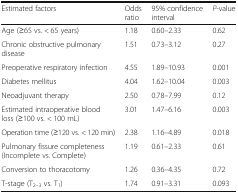
<table><thead><tr><td><b>Estimated factors</b></td><td><b>Odds ratio</b></td><td><b>95% confidence interval</b></td><td><b><i>P</i>-value</b></td></tr></thead><tbody><tr><td>Age (≥65 vs. &lt; 65 years)</td><td>1.18</td><td>0.60–2.33</td><td>0.62</td></tr><tr><td>Chronic obstructive pulmonary disease</td><td>1.51</td><td>0.73–3.12</td><td>0.27</td></tr><tr><td>Preoperative respiratory infection</td><td>4.55</td><td>1.89–10.93</td><td>0.001</td></tr><tr><td>Diabetes mellitus</td><td>4.04</td><td>1.62–10.04</td><td>0.003</td></tr><tr><td>Neoadjuvant therapy</td><td>2.50</td><td>0.78–7.99</td><td>0.12</td></tr><tr><td>Estimated intraoperative blood loss (≥100 vs. &lt; 100 mL)</td><td>3.01</td><td>1.47–6.16</td><td>0.003</td></tr><tr><td>Operation time (≥120 vs. &lt; 120 min)</td><td>2.38</td><td>1.16–4.89</td><td>0.018</td></tr><tr><td>Pulmonary fissure completeness (Incomplete vs. Complete)</td><td>1.19</td><td>0.61–2.33</td><td>0.61</td></tr><tr><td>Conversion to thoracotomy</td><td>1.26</td><td>0.36–4.35</td><td>0.72</td></tr><tr><td>T-stage (T<sub>2–3</sub> vs. T<sub>1</sub>)</td><td>1.74</td><td>0.91–3.31</td><td>0.093</td></tr></tbody></table>